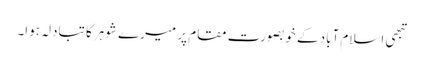
تبھی اسلام آباد کے خوبصورت مقام پر میرے شوہر کا تبادلہ ہوا۔